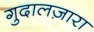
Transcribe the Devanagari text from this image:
गुदालज़ारा